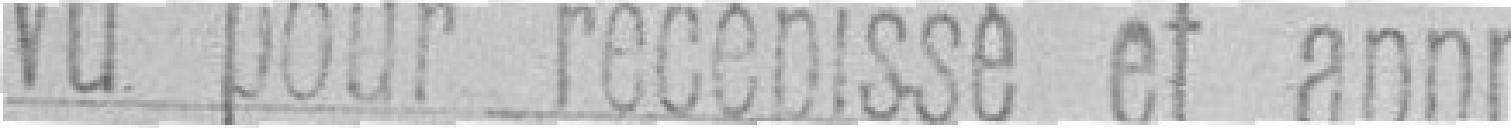
Vu pour récépissé et approuvé